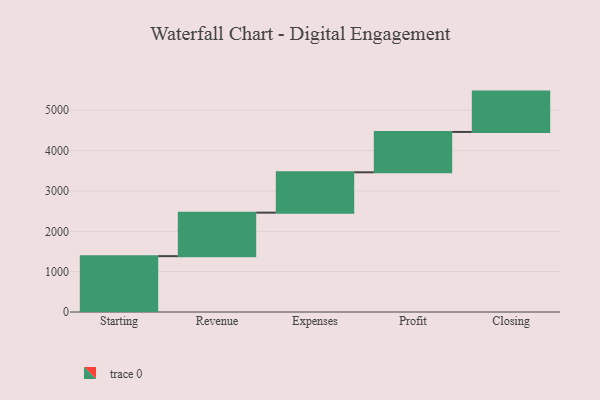
{"axis": {"x": "Step", "y": "Value"}, "legend": [""], "data": [{"x": "Starting", "y": 1384.0, "type": ""}, {"x": "Revenue", "y": 1078.0, "type": ""}, {"x": "Expenses", "y": 1000, "type": ""}, {"x": "Profit", "y": 1000, "type": ""}, {"x": "Closing", "y": 1000, "type": ""}]}